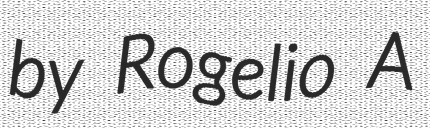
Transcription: by Rogelio A